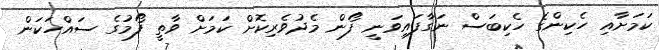
ކަމަށާއި ހެކިންގެ ހެކިބަސް ނަގާފައިވަނީ ފޯން މެދުވެރިކޮށް ކަމަށް ވާތީ ފޯމުގެ ސައްހަކަން